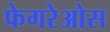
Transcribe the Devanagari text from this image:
फेगरेओस